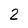
Character: 2